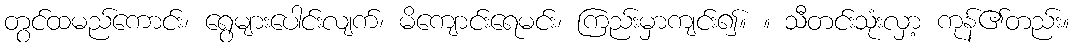
တွင်ထမည်ကောင်း၊ ရွေများပေါင်းလျက်၊ မိကျောင်းရေမင်း၊ ကြည်းမှာကျင်း၍။ ။ သီတင်းသုံးလှာ့ ကုန်၏တည်း။